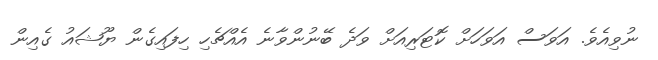
ނުވިއެވެ. އަވަސް އަވަހަށް ކޮޓަރިއަށް ވަދެ ބޭނުންވާނެ އެއްޗެހި ހިފައިގެން ޔޫޝައު ގެއިން